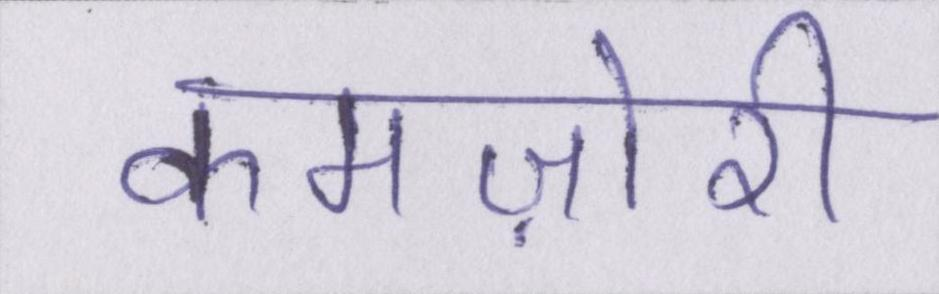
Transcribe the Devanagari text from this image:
कमज़ोरी